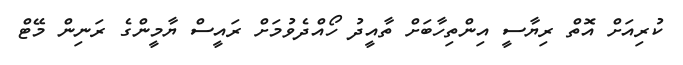
ކުރިއަށް އޮތް ރިޔާސީ އިންތިހާބަށް ތާއީދު ހޯއްދެވުމަށް ރައީސް ޔާމީންގެ ރަނިން މޭޓް